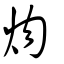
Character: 𤆞